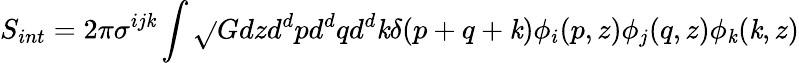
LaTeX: S_{int}=2\pi\sigma^{ij\mathit{k}}\int\sqrt{}{{G}}dzd^{d}pd^{d}qd^{d}\mathit{k}\delta(p+q+\mathit{k})\phi_{i}(p,z)\phi_{j}(q,z)\phi_{\mathit{k}}(\mathit{k},z)